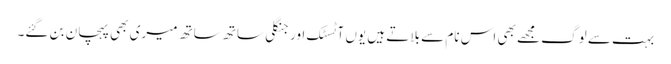
بہت سے لوگ مجھے بھی اس نام سے بلاتے ہیں یوں آٹسٹک اور جنگلی ساتھ ساتھ میری بھی پہچان بن گئے۔